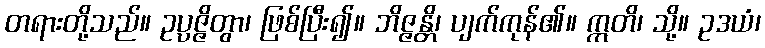
တရားတို့သည်။ ဥပ္ပဇ္ဇိတွာ၊ ဖြစ်ပြီး၍။ ဘိဇ္ဇန္တိ၊ ပျက်ကုန်၏။ ဣတိ၊ သို့။ ဥဒယံ၊